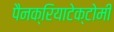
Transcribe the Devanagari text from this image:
पैनक्रियाटेक्टोमी